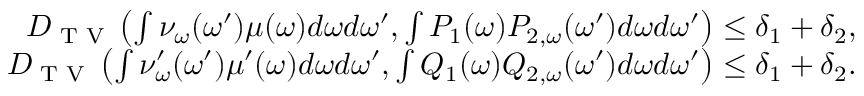
\begin{array} { r } { D _ { \textup { T V } } \left( \int \nu _ { \omega } ( \omega ^ { \prime } ) \mu ( \omega ) d \omega d \omega ^ { \prime } , \int P _ { 1 } ( \omega ) P _ { 2 , \omega } ( \omega ^ { \prime } ) d \omega d \omega ^ { \prime } \right) \le \delta _ { 1 } + \delta _ { 2 } , } \\ { D _ { \textup { T V } } \left( \int \nu _ { \omega } ^ { \prime } ( \omega ^ { \prime } ) \mu ^ { \prime } ( \omega ) d \omega d \omega ^ { \prime } , \int Q _ { 1 } ( \omega ) Q _ { 2 , \omega } ( \omega ^ { \prime } ) d \omega d \omega ^ { \prime } \right) \le \delta _ { 1 } + \delta _ { 2 } . } \end{array}